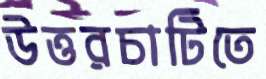
উত্তরচাটিতে